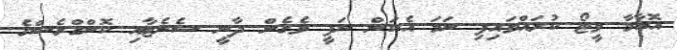
އޮބާމާ ވީޓޯ ކުރައްވައިފި ނަމަ އެކަން ނަފީ ވެގެން ދާނީ ސެނެޓާއި ކޮންގްރެސްގެ